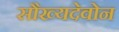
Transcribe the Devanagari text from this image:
सौख्यदेवोन